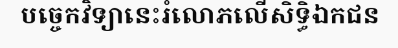
បច្ចេកវិទ្យានេះរំលោភលើសិទ្ធិឯកជន